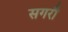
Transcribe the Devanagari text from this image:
सगरौ